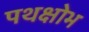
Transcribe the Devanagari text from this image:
पथक्षोभ